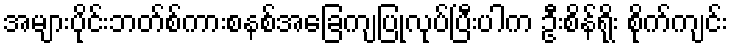
အများပိုင်းဘတ်စ်ကားစနစ်အခြေကျပြုလုပ်ပြီးပါက ဦးစိန်ရိုး စိုက်ကျင်း